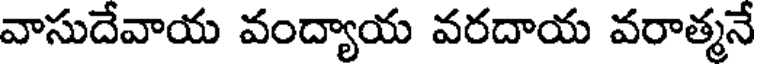
వాసుదేవాయ వంద్యాయ వరదాయ వరాత్మనే